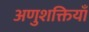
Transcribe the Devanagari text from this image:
अणुशक्तियाँ